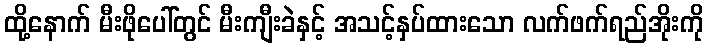
ထို့နောက် မီးဖိုပေါ်တွင် မီးကျီးခဲနှင့် အသင့်နှပ်ထားသော လက်ဖက်ရည်အိုးကို